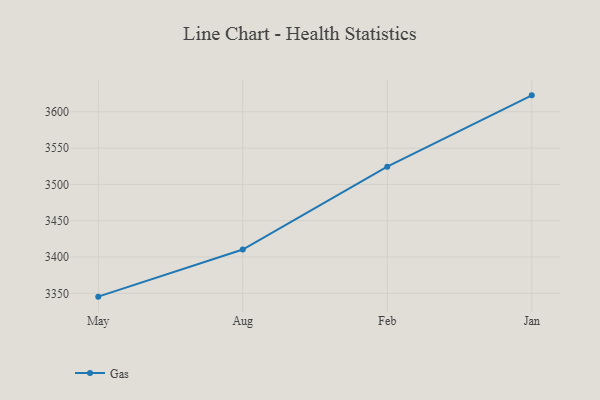
{"axis": {"x": "Month", "y": "Budget (USD K)"}, "legend": ["Gas"], "data": [{"x": "May", "y": 3345.4, "type": "Gas"}, {"x": "Aug", "y": 3410.3, "type": "Gas"}, {"x": "Feb", "y": 3524.5, "type": "Gas"}, {"x": "Jan", "y": 3622.7, "type": "Gas"}]}